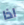
اذا